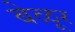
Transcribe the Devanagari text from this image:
बेळूर